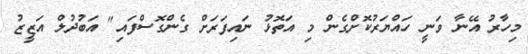
މިހާރު އޭނާ ވަނީ ހައްޔަރުކޮށްގެން މި އަތޮޅު ނައިފަރަށް ގެންގޮސްފައި" އަބުދުލް އަޒީޒު